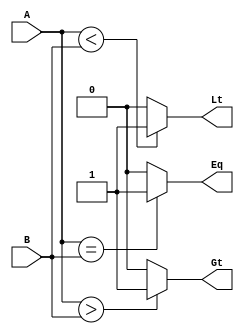
module comp_sign(
input signed [3:0] A,
input signed [3:0] B,
output wire Gt, Eq, Lt);

assign Gt = (A > B) ? 1'b1 : 1'b0;
assign Eq = (A==B) ? 1'b1 : 1'b0;
assign Lt = (A < B) ? 1'b1 : 1'b0;

endmodule